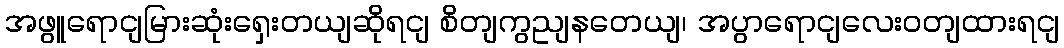
အဖွူရောငျမြားဆုံးရှေးတယျဆိုရငျ စိတျကွညျနတေယျ၊ အပွာရောငျလေးဝတျထားရငျ